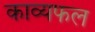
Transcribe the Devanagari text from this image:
काव्यफल